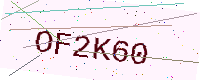
Text: OF2K60